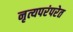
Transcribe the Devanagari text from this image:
नृत्यपरंपरेत